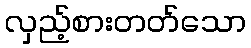
လှည့်စားတတ်သော